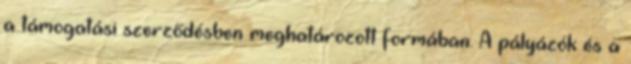
a támogatási szerződésben meghatározott formában. A pályázók és a